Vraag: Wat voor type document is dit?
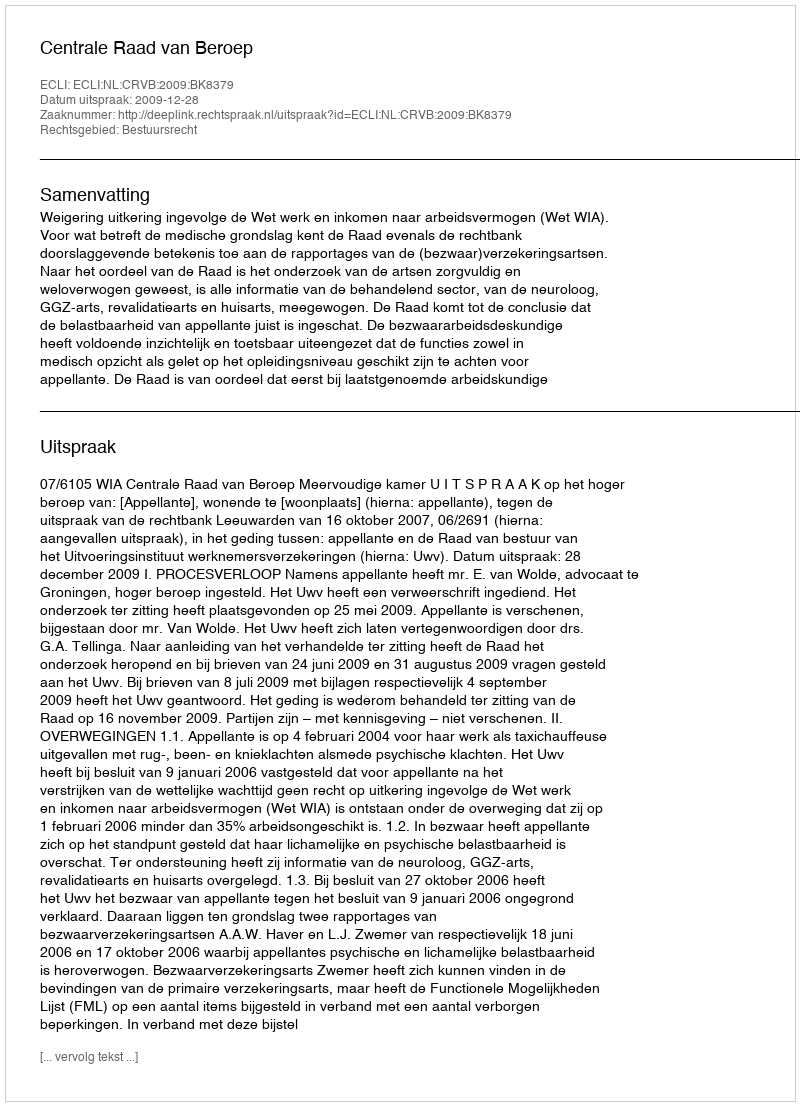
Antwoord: Uitspraak